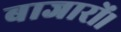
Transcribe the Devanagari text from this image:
बाजारों।